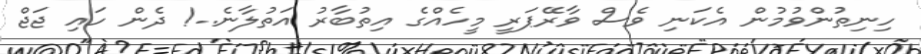
ހިނިތުންވުމުން އެކަނި ވެސް ވާރޭޕަރީ މީހެއްގެ އިތުބާރު އަތުލާނެ..! ދެން ހައި ޖަޖް